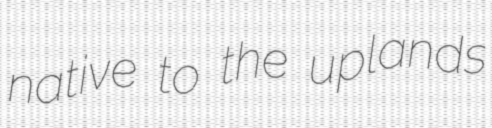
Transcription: native to the uplands